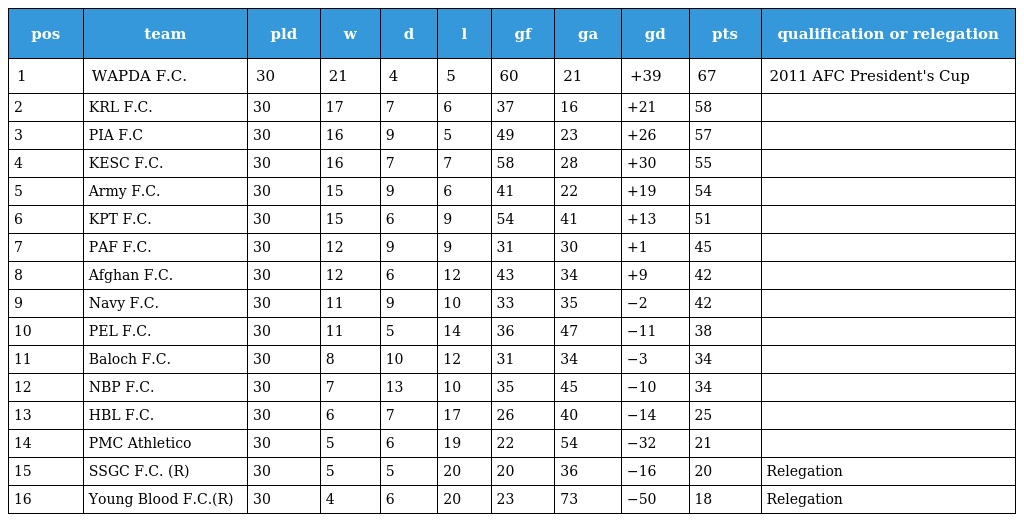
| pos | team | pld | w | d | l | gf | ga | gd | pts | qualification or relegation |
 | --- | --- | --- | --- | --- | --- | --- | --- | --- | --- | --- |
 | 1 | WAPDA F.C. | 30 | 21 | 4 | 5 | 60 | 21 | +39 | 67 | 2011 AFC President's Cup |
 | 2 | KRL F.C. | 30 | 17 | 7 | 6 | 37 | 16 | +21 | 58 |  |
 | 3 | PIA F.C | 30 | 16 | 9 | 5 | 49 | 23 | +26 | 57 |  |
 | 4 | KESC F.C. | 30 | 16 | 7 | 7 | 58 | 28 | +30 | 55 |  |
 | 5 | Army F.C. | 30 | 15 | 9 | 6 | 41 | 22 | +19 | 54 |  |
 | 6 | KPT F.C. | 30 | 15 | 6 | 9 | 54 | 41 | +13 | 51 |  |
 | 7 | PAF F.C. | 30 | 12 | 9 | 9 | 31 | 30 | +1 | 45 |  |
 | 8 | Afghan F.C. | 30 | 12 | 6 | 12 | 43 | 34 | +9 | 42 |  |
 | 9 | Navy F.C. | 30 | 11 | 9 | 10 | 33 | 35 | −2 | 42 |  |
 | 10 | PEL F.C. | 30 | 11 | 5 | 14 | 36 | 47 | −11 | 38 |  |
 | 11 | Baloch F.C. | 30 | 8 | 10 | 12 | 31 | 34 | −3 | 34 |  |
 | 12 | NBP F.C. | 30 | 7 | 13 | 10 | 35 | 45 | −10 | 34 |  |
 | 13 | HBL F.C. | 30 | 6 | 7 | 17 | 26 | 40 | −14 | 25 |  |
 | 14 | PMC Athletico | 30 | 5 | 6 | 19 | 22 | 54 | −32 | 21 |  |
 | 15 | SSGC F.C. (R) | 30 | 5 | 5 | 20 | 20 | 36 | −16 | 20 | Relegation |
 | 16 | Young Blood F.C.(R) | 30 | 4 | 6 | 20 | 23 | 73 | −50 | 18 | Relegation |